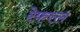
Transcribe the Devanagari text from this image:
रेफ़रल